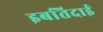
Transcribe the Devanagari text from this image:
इबतिदाई